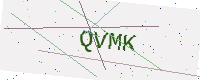
Text: QVMK